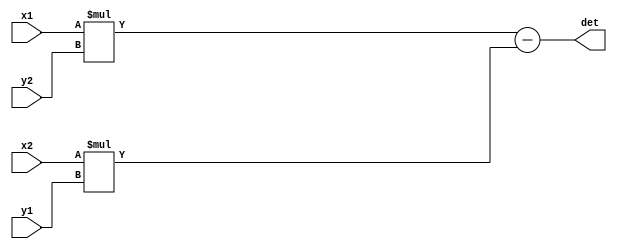
// LAB 6, PART 1 - BINARY CODE

module determinant(x1,y1,x2,y2,det);
  output reg [23:0] det;
  input signed[11:0] x1;
  input signed[11:0] y1;
  input signed[11:0] x2;
  input signed[11:0] y2;
  reg signed [23:0] a1;
  reg signed [23:0] a2;
  //wire [23:0] a3;
  
  always @(*) begin
    a1 = x1 * y2;
	a2 = x2 * y1;
	det = a1 - a2;
  end
  
endmodule